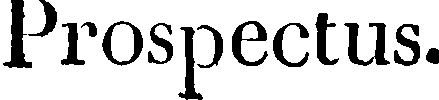
Prospectus.